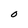
Character: 0